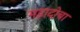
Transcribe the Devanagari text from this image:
महादोबा